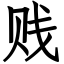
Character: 贱